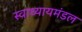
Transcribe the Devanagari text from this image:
स्वाध्यायमंडल